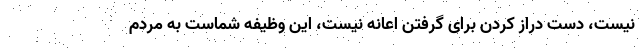
نیست، دست دراز کردن برای گرفتن اعانه نیست، این وظیفه شماست به مردم